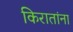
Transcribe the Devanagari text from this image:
किरातांना